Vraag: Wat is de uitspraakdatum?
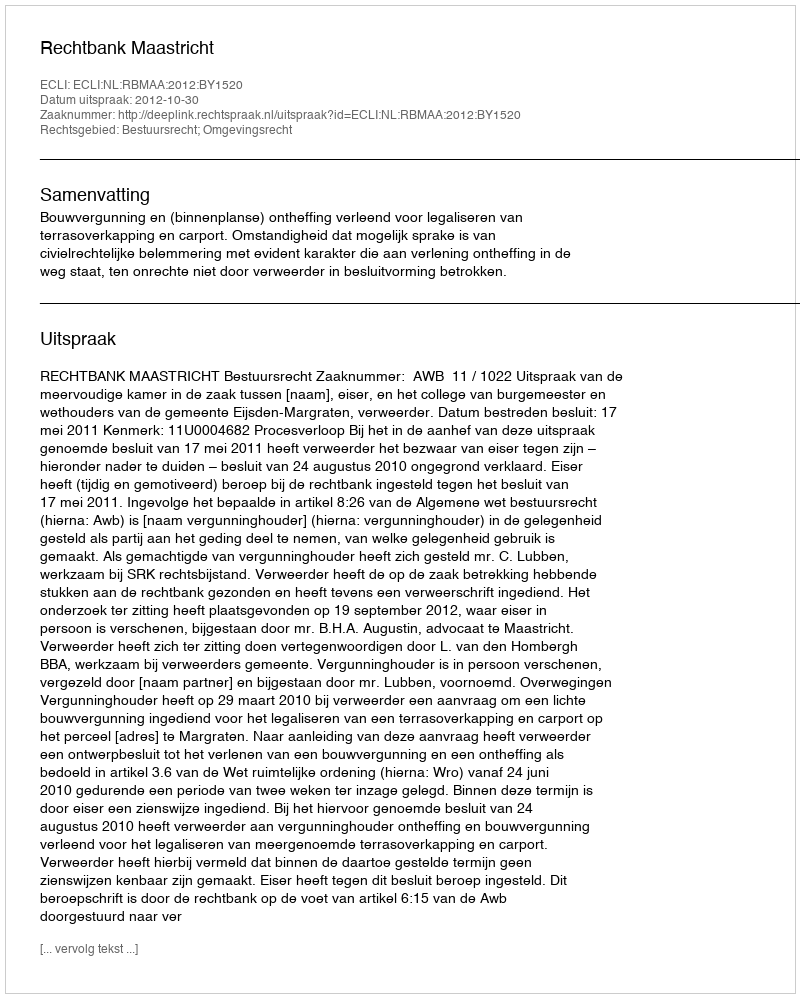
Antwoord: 2012-10-30